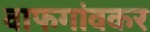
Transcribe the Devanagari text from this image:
वाफगांवकर